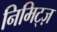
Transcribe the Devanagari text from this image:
निमिट्ज़